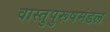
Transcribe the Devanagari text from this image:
वास्तुपुरूषमंडल